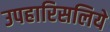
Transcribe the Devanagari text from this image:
उपहारिसलिये